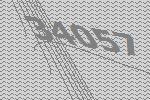
34057